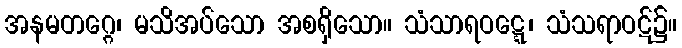
အနမတဂ္ဂေ၊ မသိအပ်သော အစရှိသော။ သံသာရဝဋ္ဋေ၊ သံသရာဝဋ်၌။